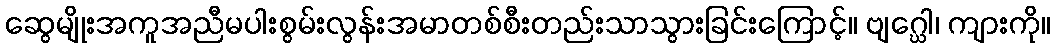
ဆွေမျိုးအကူအညီမပါးစွမ်းလွန်းအမာတစ်စီးတည်းသာသွားခြင်းကြောင့်။ ဗျဂ္ဃေါ၊ ကျားကို။